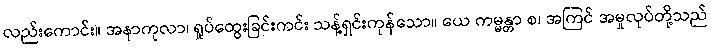
လည်းကောင်း။ အနာကုလာ၊ ရှုပ်ထွေးခြင်းကင်း သန့်ရှင်းကုန်သော။ ယေ ကမ္မန္တာ စ၊ အကြင် အမှုလုပ်တို့သည်